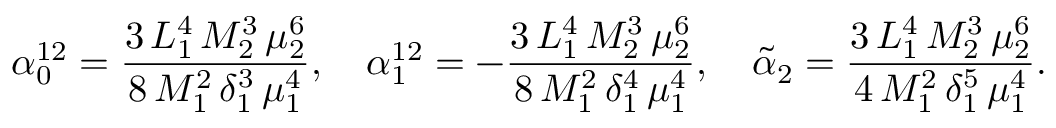
\alpha _ { 0 } ^ { 1 2 } = { \frac { 3 \, L _ { 1 } ^ { 4 } \, M _ { 2 } ^ { 3 } \, \mu _ { 2 } ^ { 6 } } { 8 \, M _ { 1 } ^ { 2 } \, \delta _ { 1 } ^ { 3 } \, \mu _ { 1 } ^ { 4 } } } , \quad \alpha _ { 1 } ^ { 1 2 } = - { \frac { 3 \, L _ { 1 } ^ { 4 } \, M _ { 2 } ^ { 3 } \, \mu _ { 2 } ^ { 6 } } { 8 \, M _ { 1 } ^ { 2 } \, \delta _ { 1 } ^ { 4 } \, \mu _ { 1 } ^ { 4 } } } , \quad \tilde { \alpha } _ { 2 } = { \frac { 3 \, L _ { 1 } ^ { 4 } \, M _ { 2 } ^ { 3 } \, \mu _ { 2 } ^ { 6 } } { 4 \, M _ { 1 } ^ { 2 } \, \delta _ { 1 } ^ { 5 } \, \mu _ { 1 } ^ { 4 } } } .